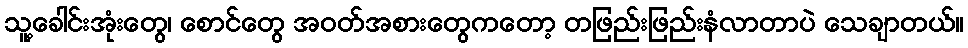
သူ့ခေါင်းအုံးတွေ၊ စောင်တွေ အဝတ်အစားတွေကတော့ တဖြည်းဖြည်းနံလာတာပဲ သေချာတယ်။